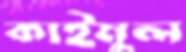
কাইমুল